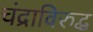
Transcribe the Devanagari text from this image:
चंद्राविरुद्ध